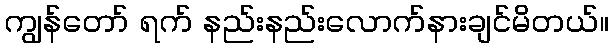
ကျွန်တော် ရက် နည်းနည်းလောက်နားချင်မိတယ်။